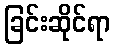
ခြင်းဆိုင်ရာ